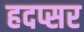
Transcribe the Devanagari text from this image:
हदप्सर